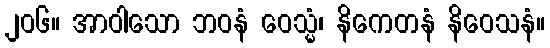
၂၀၆။ အာဝါသော ဘဝနံ ဝေသ္မံ၊ နိကေတနံ နိဝေသနံ။